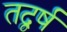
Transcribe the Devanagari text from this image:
तद्वर्षं